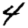
Digit: 4